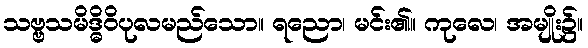
သဗ္ဗသမိဒ္ဓိဝိပုလမည်သော။ ရညော၊ မင်း၏။ ကုလေ၊ အမျိုး၌။